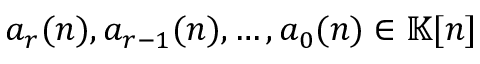
a _ { r } ( n ) , a _ { r - 1 } ( n ) , \ldots , a _ { 0 } ( n ) \in \mathbb { K } [ n ]